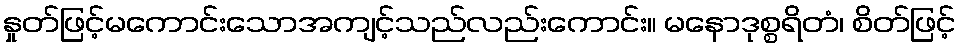
နှုတ်ဖြင့်မကောင်းသောအကျင့်သည်လည်းကောင်း။ မနောဒုစ္စရိတံ၊ စိတ်ဖြင့်